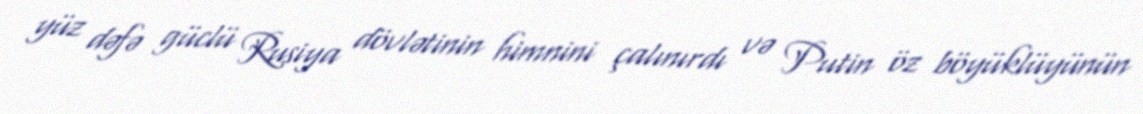
yüz dəfə güclü Rusiya dövlətinin himnini çalınırdı və Putin öz böyüklüyünün